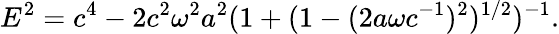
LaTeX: E^{2}=c^{4}-2c^{2}\omega^{2}a^{2}(1+(1-(2a\omega c^{-1})^{2})^{1/2})^{-1}.